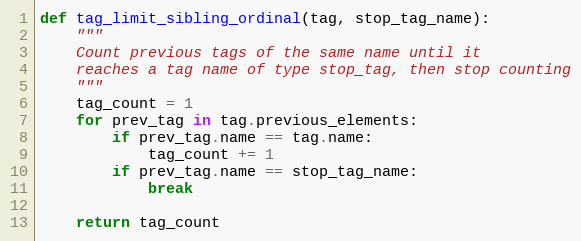
Language: Python
def tag_limit_sibling_ordinal(tag, stop_tag_name):
    """
    Count previous tags of the same name until it
    reaches a tag name of type stop_tag, then stop counting
    """
    tag_count = 1
    for prev_tag in tag.previous_elements:
        if prev_tag.name == tag.name:
            tag_count += 1
        if prev_tag.name == stop_tag_name:
            break

    return tag_count